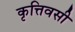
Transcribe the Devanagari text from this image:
कृत्तिवसी